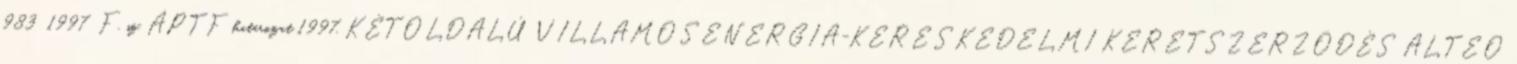
983 1997 F. sz. ÁPTF határozat 1997. KÉTOLDALÚ VILLAMOSENERGIA-KERESKEDELMI KERETSZERZŐDÉS ALTEO